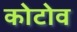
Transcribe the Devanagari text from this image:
कोटोव